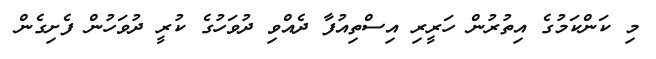
މި ކަންކަމުގެ އިތުރުން ހަރީރި އިސްތިއުފާ ދެއްވި ދުވަހުގެ ކުރީ ދުވަހުން ފެށިގެން